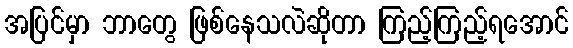
အပြင်မှာ ဘာတွေ ဖြစ်နေသလဲဆိုတာ ကြည့်ကြည့်ရအောင်